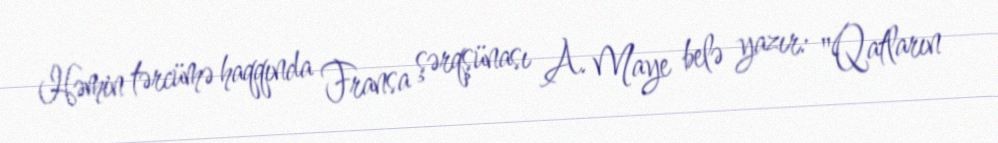
Həmin tərcümə haqqında Fransa şərqşünası A. Maye belə yazır: "Qatların